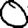
Digit: 0